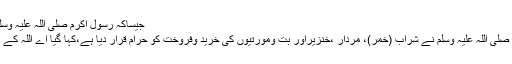
جیساکہ رسولِ اکرم صلی اللہ علیہ وسلم کا فرمانِ مبارک ہے کہ:
یقیناً اللہ اور اس کے رسول صلی اللہ علیہ وسلم نے شراب (خمر)، مردار ،خنزیراور بت ومورتیوں کی خرید وفروخت کو حرام قرار دیا ہے،کہا گیا اے اللہ کے رسول صلی اللہ علیہ وسلم !